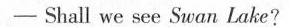
- Shall we see Swan Lake?